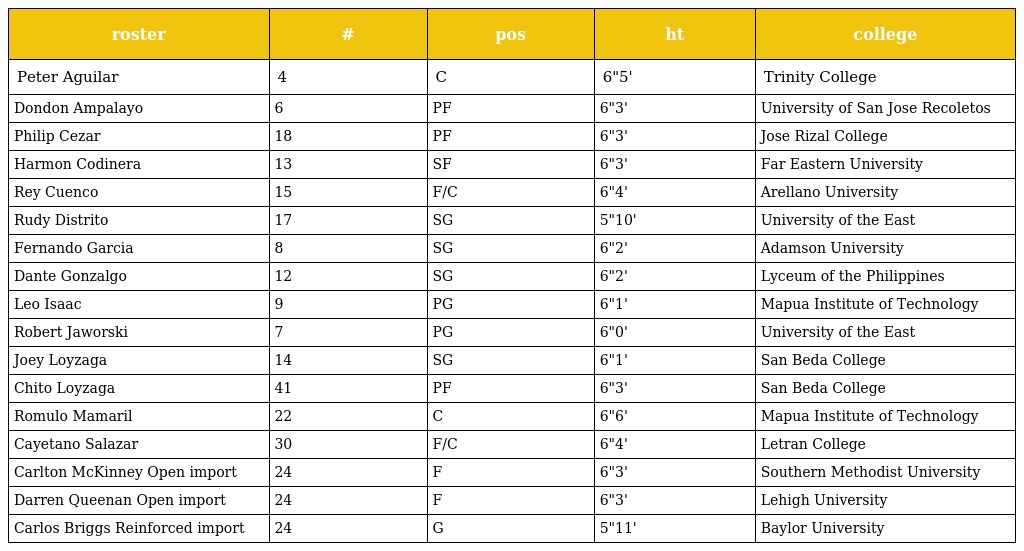
| roster | # | pos | ht | college |
 | --- | --- | --- | --- | --- |
 | Peter Aguilar | 4 | C | 6"5' | Trinity College |
 | Dondon Ampalayo | 6 | PF | 6"3' | University of San Jose Recoletos |
 | Philip Cezar | 18 | PF | 6"3' | Jose Rizal College |
 | Harmon Codinera | 13 | SF | 6"3' | Far Eastern University |
 | Rey Cuenco | 15 | F/C | 6"4' | Arellano University |
 | Rudy Distrito | 17 | SG | 5"10' | University of the East |
 | Fernando Garcia | 8 | SG | 6"2' | Adamson University |
 | Dante Gonzalgo | 12 | SG | 6"2' | Lyceum of the Philippines |
 | Leo Isaac | 9 | PG | 6"1' | Mapua Institute of Technology |
 | Robert Jaworski | 7 | PG | 6"0' | University of the East |
 | Joey Loyzaga | 14 | SG | 6"1' | San Beda College |
 | Chito Loyzaga | 41 | PF | 6"3' | San Beda College |
 | Romulo Mamaril | 22 | C | 6"6' | Mapua Institute of Technology |
 | Cayetano Salazar | 30 | F/C | 6"4' | Letran College |
 | Carlton McKinney Open import | 24 | F | 6"3' | Southern Methodist University |
 | Darren Queenan Open import | 24 | F | 6"3' | Lehigh University |
 | Carlos Briggs Reinforced import | 24 | G | 5"11' | Baylor University |